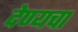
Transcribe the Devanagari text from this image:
देण्यचा